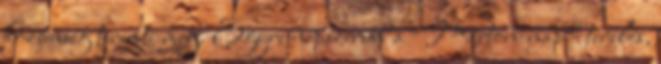
közönség teremti meg. Egyre népszerűbb a Márton-nap - terelés,